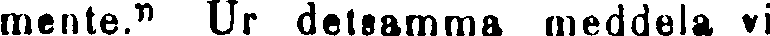
mente." Ur detsamma meddela vi